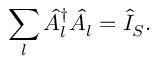
\sum _ { l } { \hat { A } } _ { l } ^ { \dagger } { \hat { A } } _ { l } = { \hat { I } } _ { S } .